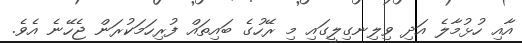
އާއި ހުޅުމާލެ އަދި ވިލިނގިލީގައި މި ރޭހުގެ ބައިތައް ފުރިހަމަކުރަން ޖެހޭނެ އެވެ.